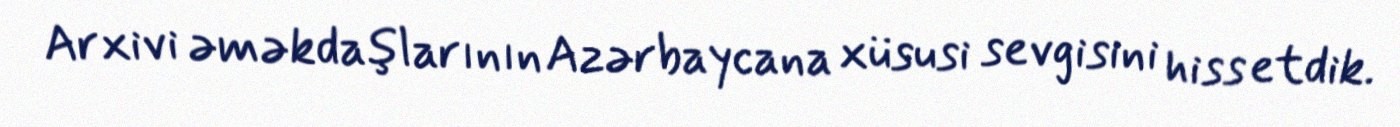
Arxivi əməkdaşlarının Azərbaycana xüsusi sevgisini hiss etdik.